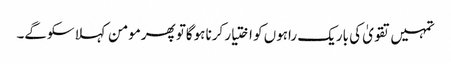
تمہیں تقویٰ کی باریک راہوں کو اختیار کرنا ہوگاتو پھرمومن کہلا سکوگے۔